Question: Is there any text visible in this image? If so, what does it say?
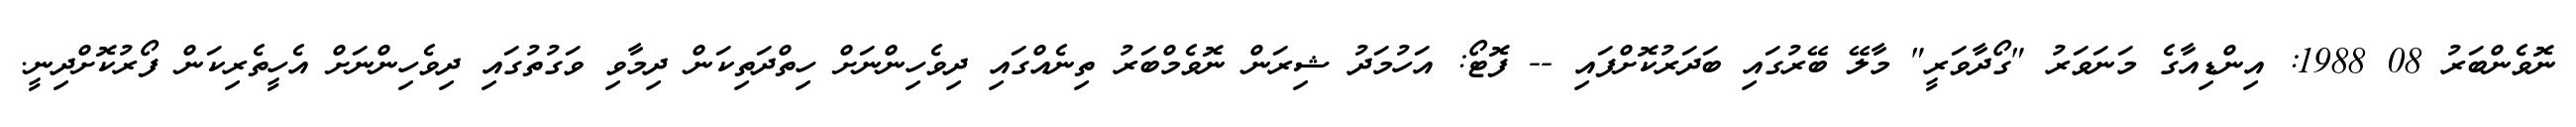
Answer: ނޮވެންބަރު 08 1988: އިންޑިއާގެ މަނަވަރު "ގޯދާވަރީ" މާލޭ ބޭރުގައި ބަދަރުކޮށްފައި -- ފޮޓޯ: އަހުމަދު ޝިރަން ނޮވެމްބަރު ތިނެއްގައި ދިވެހިންނަށް ހިތްދަތިކަން ދިމާވި ވަގުތުގައި ދިވެހިންނަށް އެހީތެރިކަން ފޯރުކޮށްދިނީ.